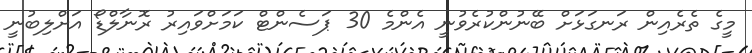
މީގެ ތެރެއިން ރަނގަޅަށް ބޭނުންކުރެވުނީ އެންމެ 30 ޕަސެންޓް ކަމަށްވައިރު ރޮނާލްޑޯ އަށްލިބުނީ